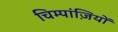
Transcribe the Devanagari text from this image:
चिम्पांज़ियों